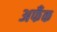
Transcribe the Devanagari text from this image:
अफँक